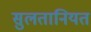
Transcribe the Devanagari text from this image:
सुलतानियत